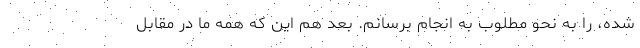
شده، را به نحو مطلوب به انجام برسانم. بعد هم این که همه ما در مقابل